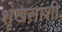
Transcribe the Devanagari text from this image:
शृंखलांशी